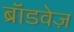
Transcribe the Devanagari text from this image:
ब्रॉडवेज़